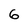
Character: 6